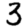
Digit: 3